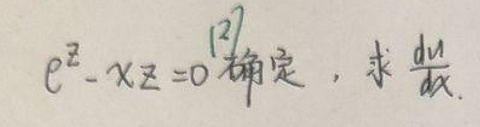
由\(e^{z}-xz = 0\)确定，求\(\frac{dz}{dx}\)。